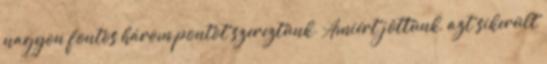
nagyon fontos három pontot szereztünk. Amiért jöttünk, azt sikerült